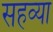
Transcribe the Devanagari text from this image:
सहव्या